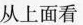
从上面看